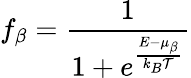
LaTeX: f_{\beta}=\frac{1}{1+e^{\frac{E-\mu_{\beta}}{k_{B}\mathcal{T}}}}